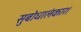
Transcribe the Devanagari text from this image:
सुबोधालंकार।